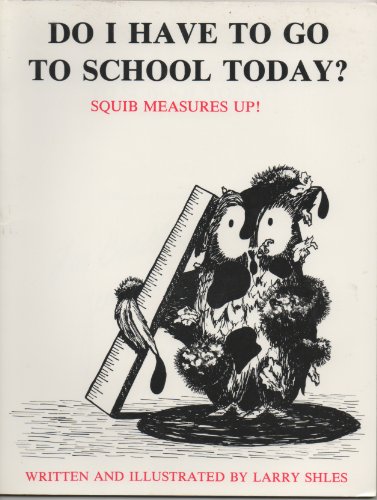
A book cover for Do I Have to Go to School Today; Larry Shles; Parenting & Relationships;